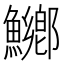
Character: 鱜